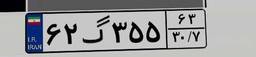
۶۲گ۳۵۵۶۳